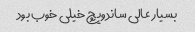
بسیار عالی ساندویچ خیلی خوب بود